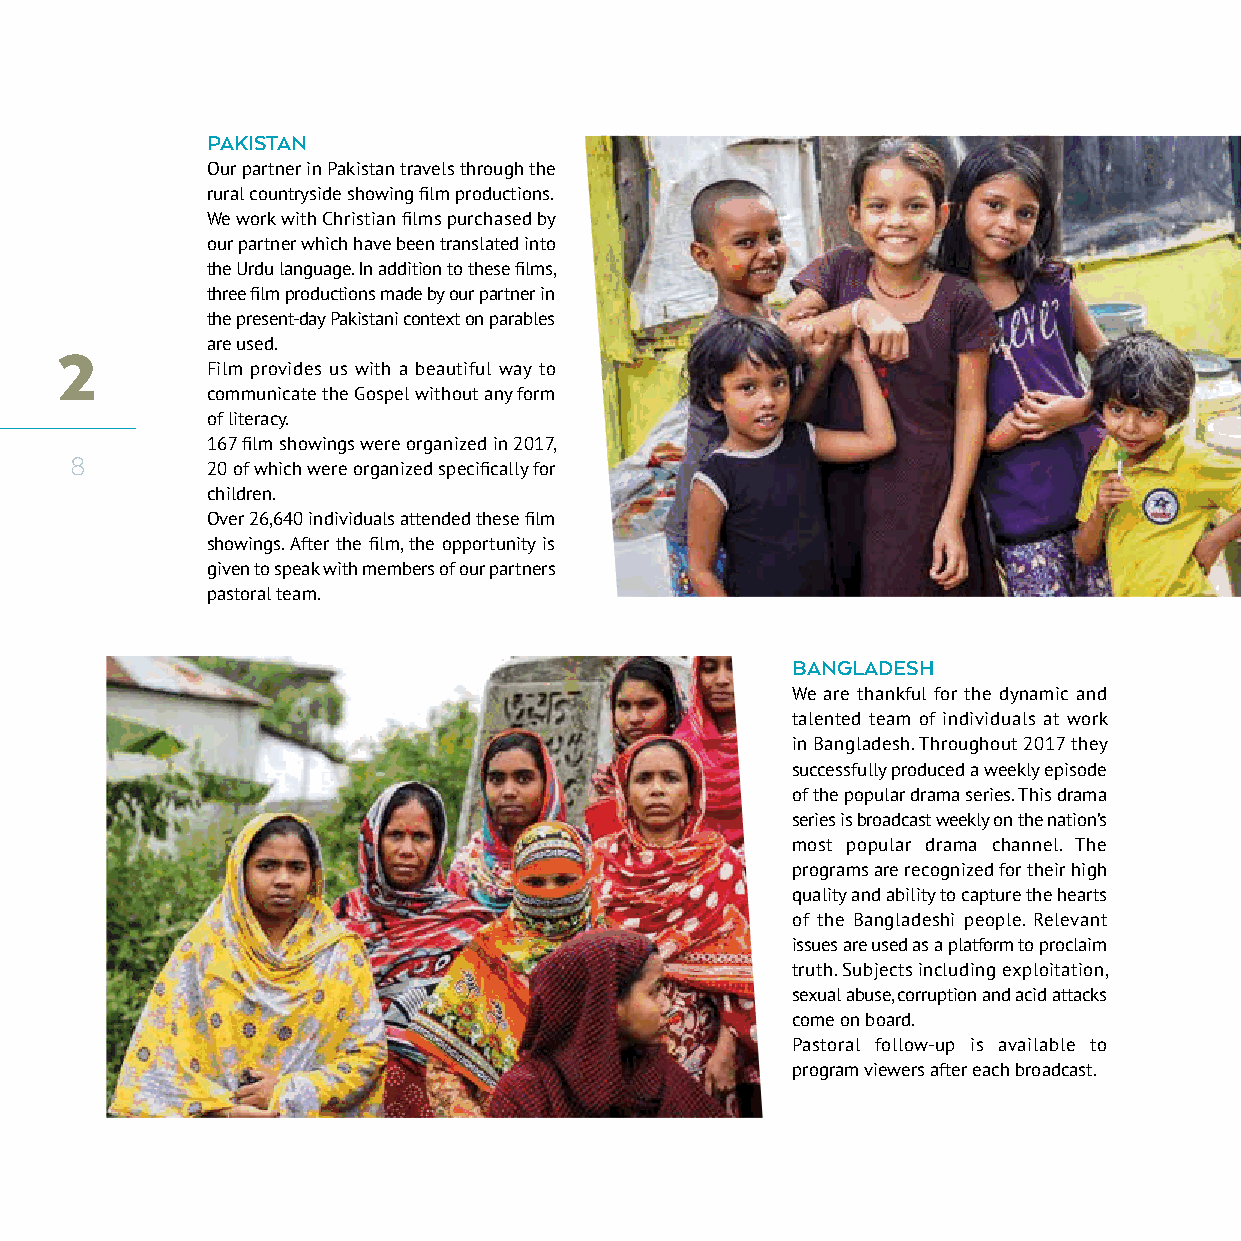
PAKISTAN
 Our partner in Pakistan travels through the
 rural countryside showing film productions.
 We work with Christian films purchased by
 our partner which have been translated into
 the Urdu language. In addition to these films,
 three film productions made by our partner in
 the present-day Pakistani context on parables
 2         are used.
 Film provides us with a beautiful way to
 communicate the Gospel without any form
 of literacy.
 167 film showings were organized in 2017,
 8
 20 of which were organized specifically for
 children.
 Over 26,640 individuals attended these film
 showings. After the film, the opportunity is
 given to speak with members of our partners
 pastoral team.
 BANGLADESH
 We are thankful for the dynamic and
 talented team of individuals at work
 in Bangladesh. Throughout 2017 they
 successfully produced a weekly episode
 of the popular drama series. This drama
 series is broadcast weekly on the nation’s
 most popular drama channel. The
 programs are recognized for their high
 quality and ability to capture the hearts
 of the Bangladeshi people. Relevant
 issues are used as a platform to proclaim
 truth. Subjects including exploitation,
 sexual abuse, corruption and acid attacks
 come on board.
 Pastoral follow-up is available to
 program viewers after each broadcast.